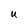
Character: U